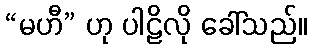
“မဟီ” ဟု ပါဠိလို ခေါ်သည်။